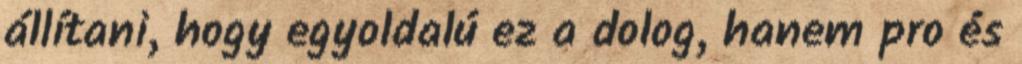
állítani, hogy egyoldalú ez a dolog, hanem pro és